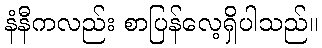
နံနီကလည်း စာပြန်လေ့ရှိပါသည်။